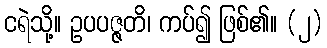
ငရဲသို့။ ဥပပဇ္ဇတိ၊ ကပ်၍ ဖြစ်၏။ (၂)